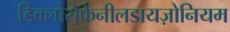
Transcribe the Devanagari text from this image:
डिक्लोरोफेनीलडायज़ोनियम